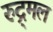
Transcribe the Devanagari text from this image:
रुद्र्मल